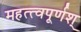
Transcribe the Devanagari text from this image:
महत्त्वपूर्णश्